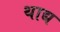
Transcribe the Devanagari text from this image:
थाद्य